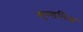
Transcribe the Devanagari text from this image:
कुण्‍डलियां